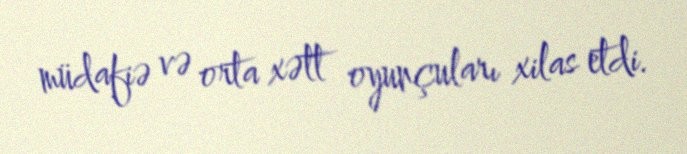
müdafiə və orta xətt oyunçuları xilas etdi.